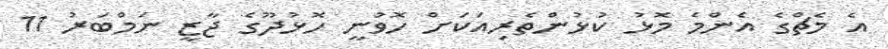
އެ މެޗްގެ އެންމެ މޮޅު ކުޅުންތެރިއަކަށް ހޮވުނީ ހޮޅުދޫގެ ޖާޒީ ނަމްބަރު 11